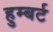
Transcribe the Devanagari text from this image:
हुम्बर्ट